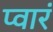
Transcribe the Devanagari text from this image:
प्वारं